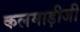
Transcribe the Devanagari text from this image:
कलमाड़ीजी